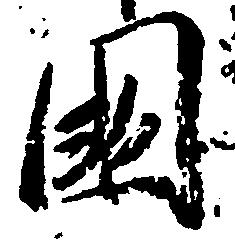
国